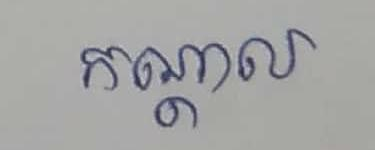
កណ្ដាល